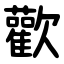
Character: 歡